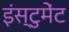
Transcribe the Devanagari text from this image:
इंस्टुमेंट